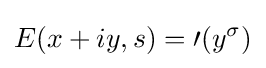
E(x+iy,s)={\mathcal {0}}(y^{\sigma })